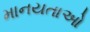
માનયતાઓ